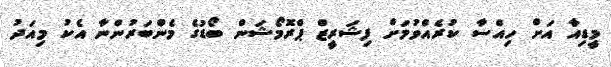
މީޑިއާ އަށް ހިއްސާ ކުރެއްވުމަށް ފިޝަރީޒް ޕްރޮމޯޝަން ބޯޑުގެ މެންބަރުންނާ އެކު މިއަދު